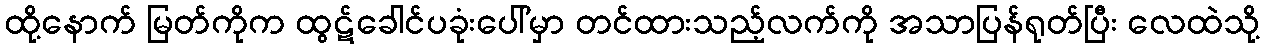
ထို့နောက် မြတ်ကိုက ထွဋ်ခေါင်ပခုံးပေါ်မှာ တင်ထားသည့်လက်ကို အသာပြန်ရုတ်ပြီး လေထဲသို့